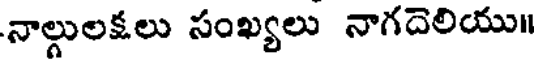
నాల్గులక్షలు సంఖ్యలు నాగదెలియు॥